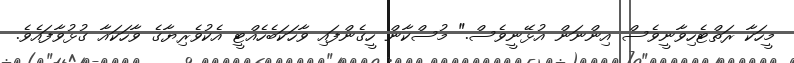
މީހަކާ ރަތްޓެހިވާނީވެސް އިންނަން އުޅޭނީވެސް." މުސްކާން ހީގެންފައި ވާހަކަބެހެއްޓީ އެކުވެރިޔާގެ ވާހަކައާ ގުޅުވާފައެވެ.